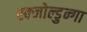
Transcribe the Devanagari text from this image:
स्क्जोल्डुन्गा